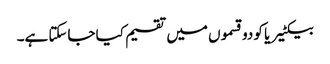
بیکٹیریا کو دو قسموں میں تقسیم کیا جاسکتا ہے۔